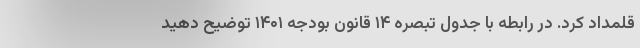
قلمداد کرد. در رابطه با جدول تبصره ۱۴ قانون بودجه ۱۴۰۱ توضیح دهید